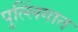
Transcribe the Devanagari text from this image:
पुल्लिंगात